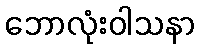
ဘောလုံးဝါသနာ